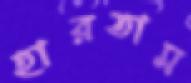
হারতাম